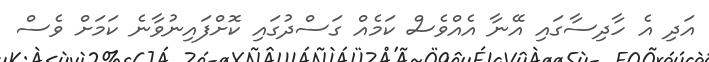
އަދި އެ ހާދިސާގައި އޭނާ އެއްވެސް ކަމެއް ގަސްދުގައި ކޮށްފައިނުވާނެ ކަމަށް ވެސް